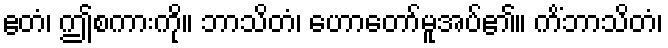
ဧတံ၊ ဤစကားကို။ ဘာသိတံ၊ ဟောတော်မူအပ်၏။ ကိံဘာသိတံ၊